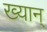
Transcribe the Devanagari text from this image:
ख्यान्